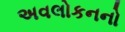
અવલોકનનો